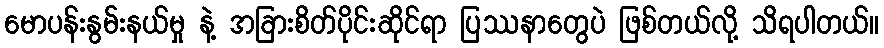
မောပန်းနွမ်းနယ်မှု နဲ့ အခြားစိတ်ပိုင်းဆိုင်ရာ ပြဿနာတွေပဲ ဖြစ်တယ်လို့ သိရပါတယ်။